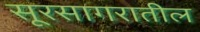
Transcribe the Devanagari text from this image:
सूरसागरातील